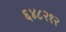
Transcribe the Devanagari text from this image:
६४८२१२